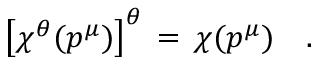
\left[ \chi ^ { \theta } ( p ^ { \mu } ) \right] ^ { \theta } \, = \, \chi ( p ^ { \mu } ) \quad .